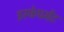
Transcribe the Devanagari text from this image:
इस्केपमेंट